Medical and sanitary report on the native army of Bombay for the year
Year: 1877
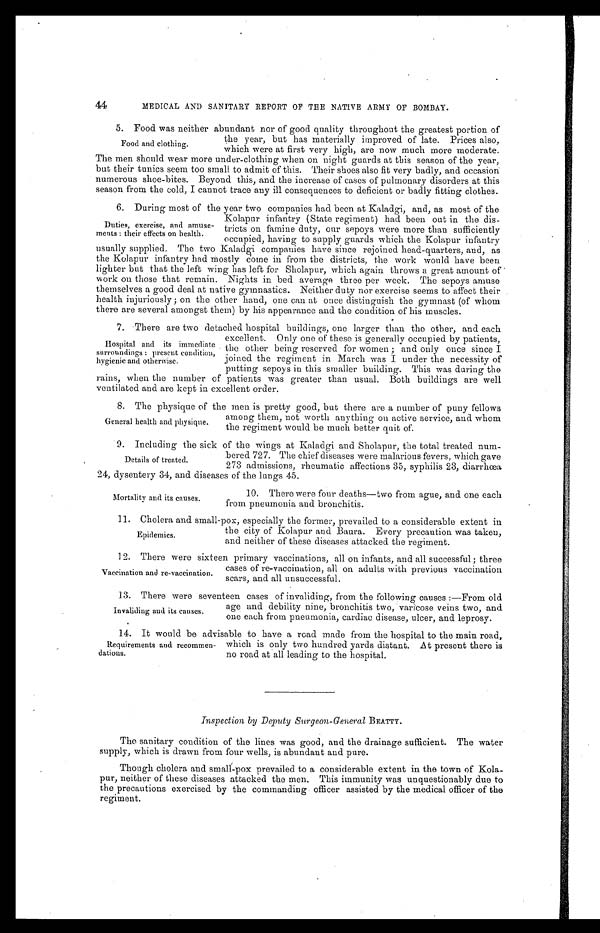
44
MEDICAL AND SANITARY REPORT OF THE NATIVE ARMY OF BOMBAY.
5. Food was neither abundant nor of good quality throughout the greatest portion of
the year, but has materially improved of late. Prices also,
which were at first very high, are now much more moderate.
The men should wear more under-clothing when on night guards at this season of the year,
but their tunics seem too small to admit of this. Their shoes also fit very badly, and occasion
numerous shoe-bites. Beyond this, and the increase of cases of pulmonary disorders at this
season from the cold, I cannot trace any ill consequences to deficient or badly fitting clothes.
6. During most of the year two companies had been at Kaladgi, and, as most of the
Kolapur infantry (State regiment) had been out in the dis
-tricts on famine duty, our sepoys were more than sufficiently
occupied, having to supply guards which the Kolapur infantry
usually supplied. The two Kaladgi companies have since rejoined head-quarters, and, as
the Kolapur infantry had mostly come in from the districts, the work would have been
lighter but that the left wing has left for Sholapur, which again throws a great amount of
work on those that remain. Nights in bed average three per week. The sepoys amuse
themselves a good deal at native gymnastics. Neither duty nor exercise seems to affect their
health injuriously; on the other hand, one can at once distinguish the gymnast (of whom
there are several amongst them) by his appearance and the condition of his muscles.
7. There are two detached hospital buildings, one larger than the other, and each
excellent. Only one of these is generally occupied by patients,
the other being reserved for women; and only once since I
joined the regiment in March was I under the necessity of
putting sepoys in this smaller building. This was during the
rains, when the number of patients was greater than usual. Both buildings are well
ventilated and are kept in excellent order.
8 . T h e p h y s i q u e o f t h e m e n i s p r e t t y g o o d , b u t t h e r e a r e a n u m b e r o f p u n y f e l l o w s
among them, not worth anything on active service, and whom
the regiment would be much better quit of.
9. Including the sick of the wings at Kaladgi and Sholapur, the total treated num
-
bered 727. The chief diseases were malarious fevers, which gave
273 admissions, rheumatic affections 35, syphilis 23, diarrhœa
24, dysentery 34, and diseases of the lungs 45.
Food and clothing.
Duties, exercise, and amuse
-ments: their effects on health.
Hospital and its immediate
surroundings: present condition,
hygienic and otherwise.
General health and physique.
Details of treated.
Mortality and its causes.
10. There were four deaths—two from ague, and one each
from pneumonia and bronchitis.
11. Cholera and small-pox, especially the former, prevailed to a considerable extent in
the city of Kolapur and Baura. Every precaution was taken,
and neither of these diseases attacked the regiment.
12. There were sixteen primary vaccinations, all on infants, and all successful; three
cases of re-vaccination, all on adults with previous vaccination
scars, and all unsuccessful.
13. There were seventeen cases of invaliding, from the following causes:—From old
age and debility nine, bronchitis two, varicose veins two, and
one each from pneumonia, cardiac disease, ulcer, and leprosy.
14. It would be advisable to have a road made from the hospital to the main roads,
which is only two hundred yards distant. At present there is
no road at all leading to the hospital.
Inspection by Deputy Surgeon-General BEATTY.
The sanitary condition of the lines was good, and the drainage sufficient. The water
supply, which is drawn from four wells, is abundant and pure.
Though cholera and small1-pox prevailed to a considerable extent in the town of Kola
-pur, neither of these diseases attacked the men. This immunity was unquestionably due to
the precautions exercised by the commanding officer assisted by the medical officer of the
regiment.
Epidemics.
Vaccination and re-vaccination.
Invaliding and its causes.
Requirements and recommen
-dations.